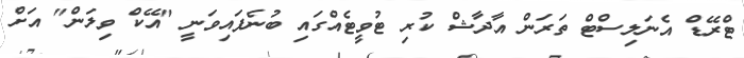
ޓްރޭޑް އެނަލިސްޓް ތަރަން އާދާޝް ކުރި ޓުވީޓެއްގައި ބުނެފައިވަނީ "އޭކް ވިލަން" އަށް